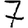
Digit: 7